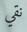
نقي